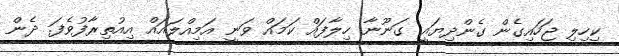
ކިހިލި ޖަހައިގެން ގެންދިޔައީ ގަނޫނާ ހިލާފައް ކަމައް ވަނީ އަމިއްލައައް އިއުތިރާފުވެފަ. ދެން